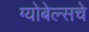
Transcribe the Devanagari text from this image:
ग्योबेल्सचे